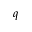
q